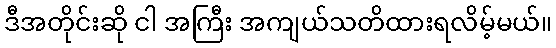
ဒီအတိုင်းဆို ငါ အကြီး အကျယ်သတိထားရလိမ့်မယ်။